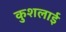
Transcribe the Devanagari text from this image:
कुशलाई